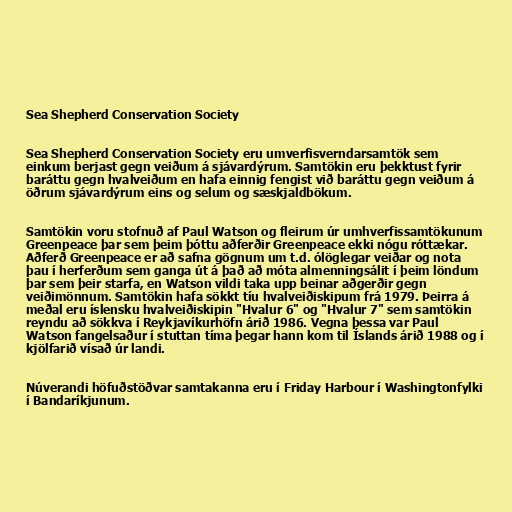
Sea Shepherd Conservation Society

Sea Shepherd Conservation Society eru umverfisverndarsamtök sem
einkum berjast gegn veiðum á sjávardýrum. Samtökin eru þekktust fyrir
baráttu gegn hvalveiðum en hafa einnig fengist við baráttu gegn veiðum á
öðrum sjávardýrum eins og selum og sæskjaldbökum.

Samtökin voru stofnuð af Paul Watson og fleirum úr umhverfissamtökunum
Greenpeace þar sem þeim þóttu aðferðir Greenpeace ekki nógu róttækar.
Aðferð Greenpeace er að safna gögnum um t.d. ólöglegar veiðar og nota
þau í herferðum sem ganga út á það að móta almenningsálit í þeim löndum
þar sem þeir starfa, en Watson vildi taka upp beinar aðgerðir gegn
veiðimönnum. Samtökin hafa sökkt tíu hvalveiðiskipum frá 1979. Þeirra á
meðal eru íslensku hvalveiðiskipin "Hvalur 6" og "Hvalur 7" sem samtökin
reyndu að sökkva í Reykjavíkurhöfn árið 1986. Vegna þessa var Paul
Watson fangelsaður í stuttan tíma þegar hann kom til Íslands árið 1988 og í
kjölfarið vísað úr landi.

Núverandi höfuðstöðvar samtakanna eru í Friday Harbour í Washingtonfylki
í Bandaríkjunum.